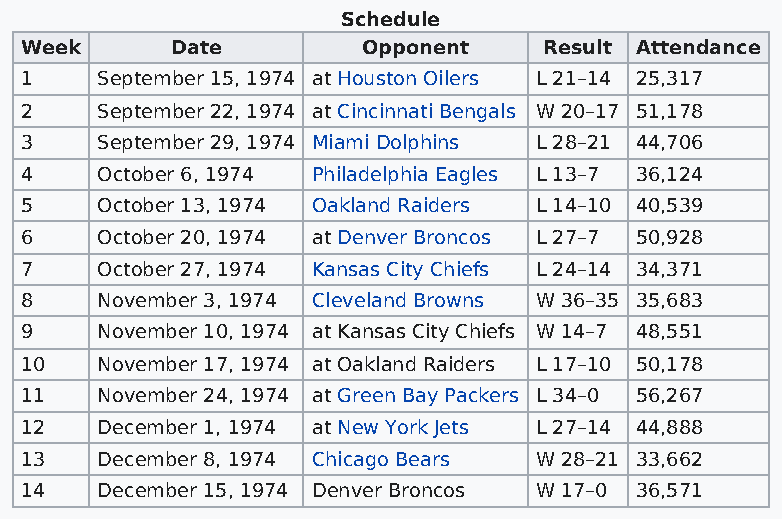
Schedule
 Week      Date         Opponent    Result Attendance
 1    September 15, 1974 at Houston Oilers L 21–14 25,317
 2    September 22, 1974 at Cincinnati Bengals W 20–17 51,178
 3    September 29, 1974 Miami Dolphins L 28–21 44,706
 4    October 6, 1974 Philadelphia Eagles L 13–7 36,124
 5    October 13, 1974 Oakland Raiders L 14–10 40,539
 6    October 20, 1974 at Denver Broncos L 27–7 50,928
 7    October 27, 1974 Kansas City Chiefs L 24–14 34,371
 8    November 3, 1974 Cleveland Browns W 36–35 35,683
 9    November 10, 1974 at Kansas City Chiefs W 14–7 48,551
 10   November 17, 1974 at Oakland Raiders L 17–10 50,178
 11   November 24, 1974 at Green Bay Packers L 34–0 56,267
 12   December 1, 1974 at New York Jets L 27–14 44,888
 13   December 8, 1974 Chicago Bears W 28–21 33,662
 14   December 15, 1974 Denver Broncos W 17–0 36,571